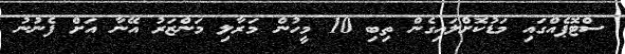
ސްޓޮޕެއްގައި މަޑުކޮށްލައިގެން ތިބި 10 މީހުން މަރާލި މަންޒަރު އޭނާ އަށް ފެނުނު